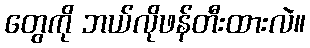
တွေကို ဘယ်လိုဖန်တီးထားလဲ။